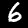
Label: 6